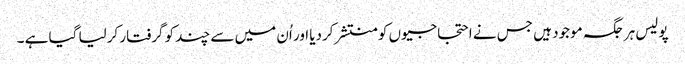
پولیس ہر جگہ موجود ہیں جس نے احتجاجیوں کو منتشر کردیا اور اُن میں سے چند کو گرفتار کرلیا گیا ہے ۔